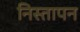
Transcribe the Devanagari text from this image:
निस्तापन